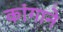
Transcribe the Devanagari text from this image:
कांगाने